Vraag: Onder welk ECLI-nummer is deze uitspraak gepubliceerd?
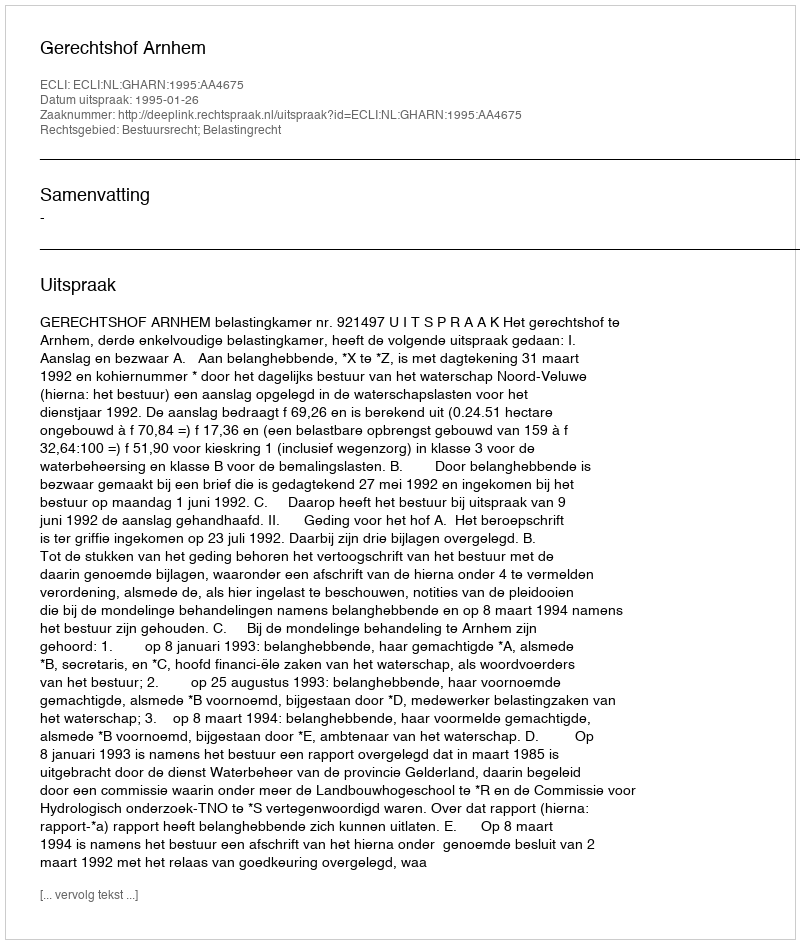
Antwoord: ECLI:NL:GHARN:1995:AA4675